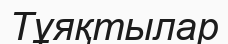
Тұяқтылар